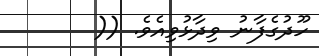
ހޫދުގެފާނު ވިދާޅުވިއެވެ. ((